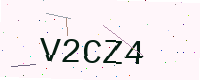
Text: V2CZ4